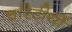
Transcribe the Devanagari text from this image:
चरिटीयों